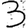
Digit: 3